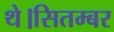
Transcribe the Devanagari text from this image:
थे।सितम्बर